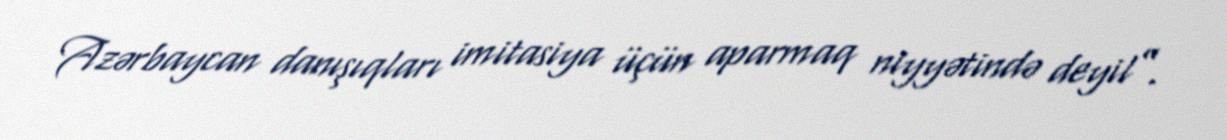
Azərbaycan danışıqları imitasiya üçün aparmaq niyyətində deyil”.